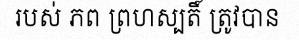
របស់ ភព ព្រហស្បតិ៍ ត្រូវបាន